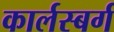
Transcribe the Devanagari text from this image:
कार्लस्बर्ग